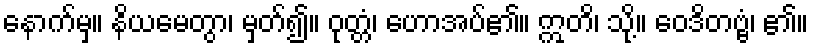
နောက်မှ။ နိယမေတွာ၊ မှတ်၍။ ဝုတ္တံ၊ ဟောအပ်၏။ ဣတိ၊ သို့။ ဝေဒိတဗ္ဗံ၊ ၏။